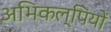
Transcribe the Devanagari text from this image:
अभिकल्पियों